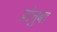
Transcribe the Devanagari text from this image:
प्रोनुबा